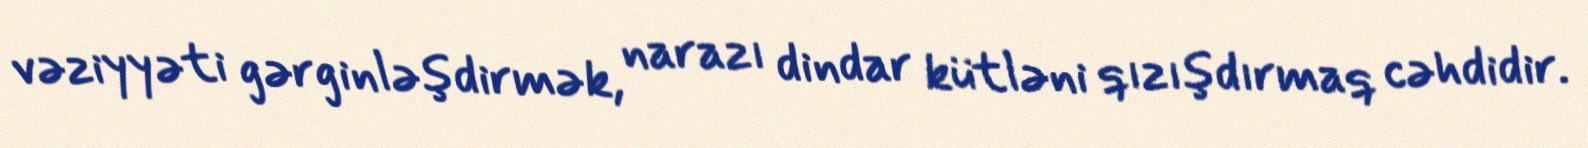
vəziyyəti gərginləşdirmək, narazı dindar kütləni qızışdırmaq cəhdidir.